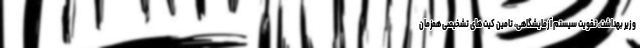
وزیر بهداشت، تقویت سیستم آزمایشگاهی، تامین کیت های تشخیصی همزمان